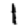
Digit: 1